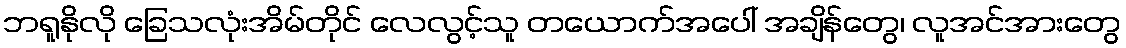
ဘရူနိုလို ခြေသလုံးအိမ်တိုင် လေလွင့်သူ တယောက်အပေါ် အချိန်တွေ၊ လူအင်အားတွေ